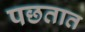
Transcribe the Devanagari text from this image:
पछतात